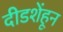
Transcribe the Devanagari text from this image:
दीडशेंहून